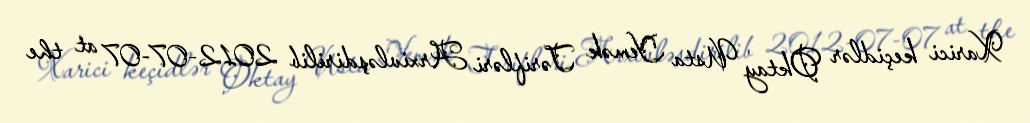
Xarici keçidlər Oktay Usta Yemək Tərifləri Arxivləşdirilib 2012-07-07 at the